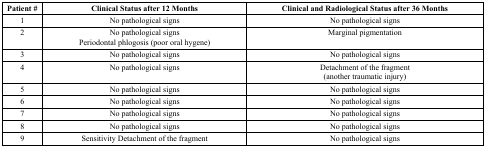
<table><thead><tr><td><b>Patient #</b></td><td><b>Clinical Status after 12 Months</b></td><td><b>Clinical and Radiological Status after 36 Months</b></td></tr></thead><tbody><tr><td>1</td><td>No pathological signs</td><td>No pathological signs</td></tr><tr><td>2</td><td>No pathological signsPeriodontal phlogosis (poor oral hygene)</td><td>Marginal pigmentation</td></tr><tr><td>3</td><td>No pathological signs</td><td>No pathological signs</td></tr><tr><td>4</td><td>No pathological signs</td><td>Detachment of the fragment(another traumatic injury)</td></tr><tr><td>5</td><td>No pathological signs</td><td>No pathological signs</td></tr><tr><td>6</td><td>No pathological signs</td><td>No pathological signs</td></tr><tr><td>7</td><td>No pathological signs</td><td>No pathological signs</td></tr><tr><td>8</td><td>No pathological signs</td><td>No pathological signs</td></tr><tr><td>9</td><td>Sensitivity Detachment of the fragment</td><td>No pathological signs</td></tr></tbody></table>